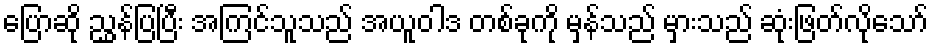
ပြောဆို ညွှန်ပြပြီး အကြင်သူသည် အယူဝါဒ တစ်ခုကို မှန်သည် မှားသည် ဆုံးဖြတ်လိုသော်